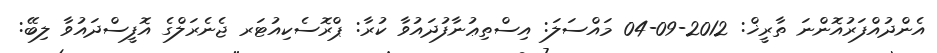
އެންދުއްފަރުއޮންނަ ތާރީޚް: 2012-09-04 މައްސަލަ: އިސްތިޢުނާފުދައުވާ ކުރާ: ޕްރޮސެކިއުޓަރ ޖެނެރަލްގެ އޮފީސްދައުވާ ލިބޭ: